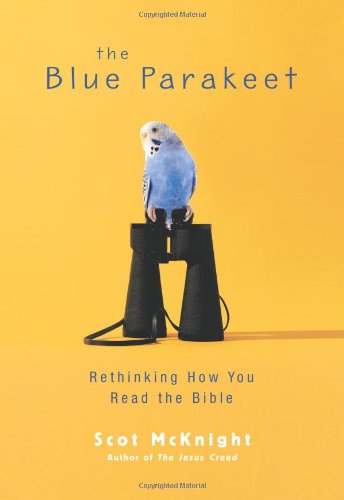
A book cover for The Blue Parakeet: Rethinking How You Read the Bible; Scot McKnight; Christian Books & Bibles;